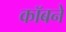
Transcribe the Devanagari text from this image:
कॉबने